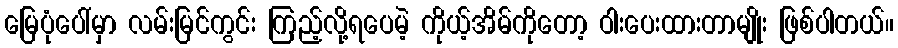
မြေပုံပေါ်မှာ လမ်းမြင်ကွင်း ကြည့်လို့ရပေမဲ့ ကိုယ့်အိမ်ကိုတော့ ဝါးပေးထားတာမျိုး ဖြစ်ပါတယ်။